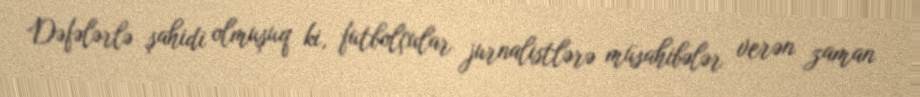
Dəfələrlə şahidi olmuşuq ki, futbolçular jurnalistlərə müsahibələr verən zaman